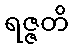
ရဇ္ဇတိ